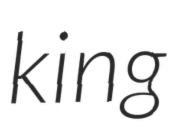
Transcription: king